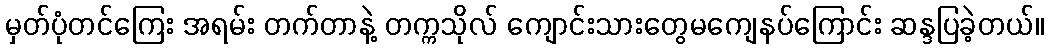
မှတ်ပုံတင်ကြေး အရမ်း တက်တာနဲ့ တက္ကသိုလ် ကျောင်းသားတွေမကျေနပ်ကြောင်း ဆန္ဒပြခဲ့တယ်။